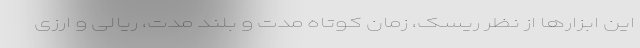
این ابزارها از نظر ریسک، زمان کوتاه ‌مدت و بلند مدت، ریالی و ارزی